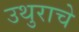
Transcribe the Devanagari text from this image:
उथुराचे